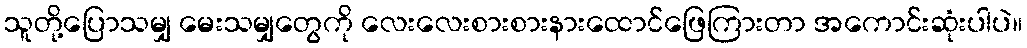
သူတို့ပြောသမျှ မေးသမျှတွေကို လေးလေးစားစားနားထောင်ဖြေကြားတာ အကောင်းဆုံးပါပဲ။